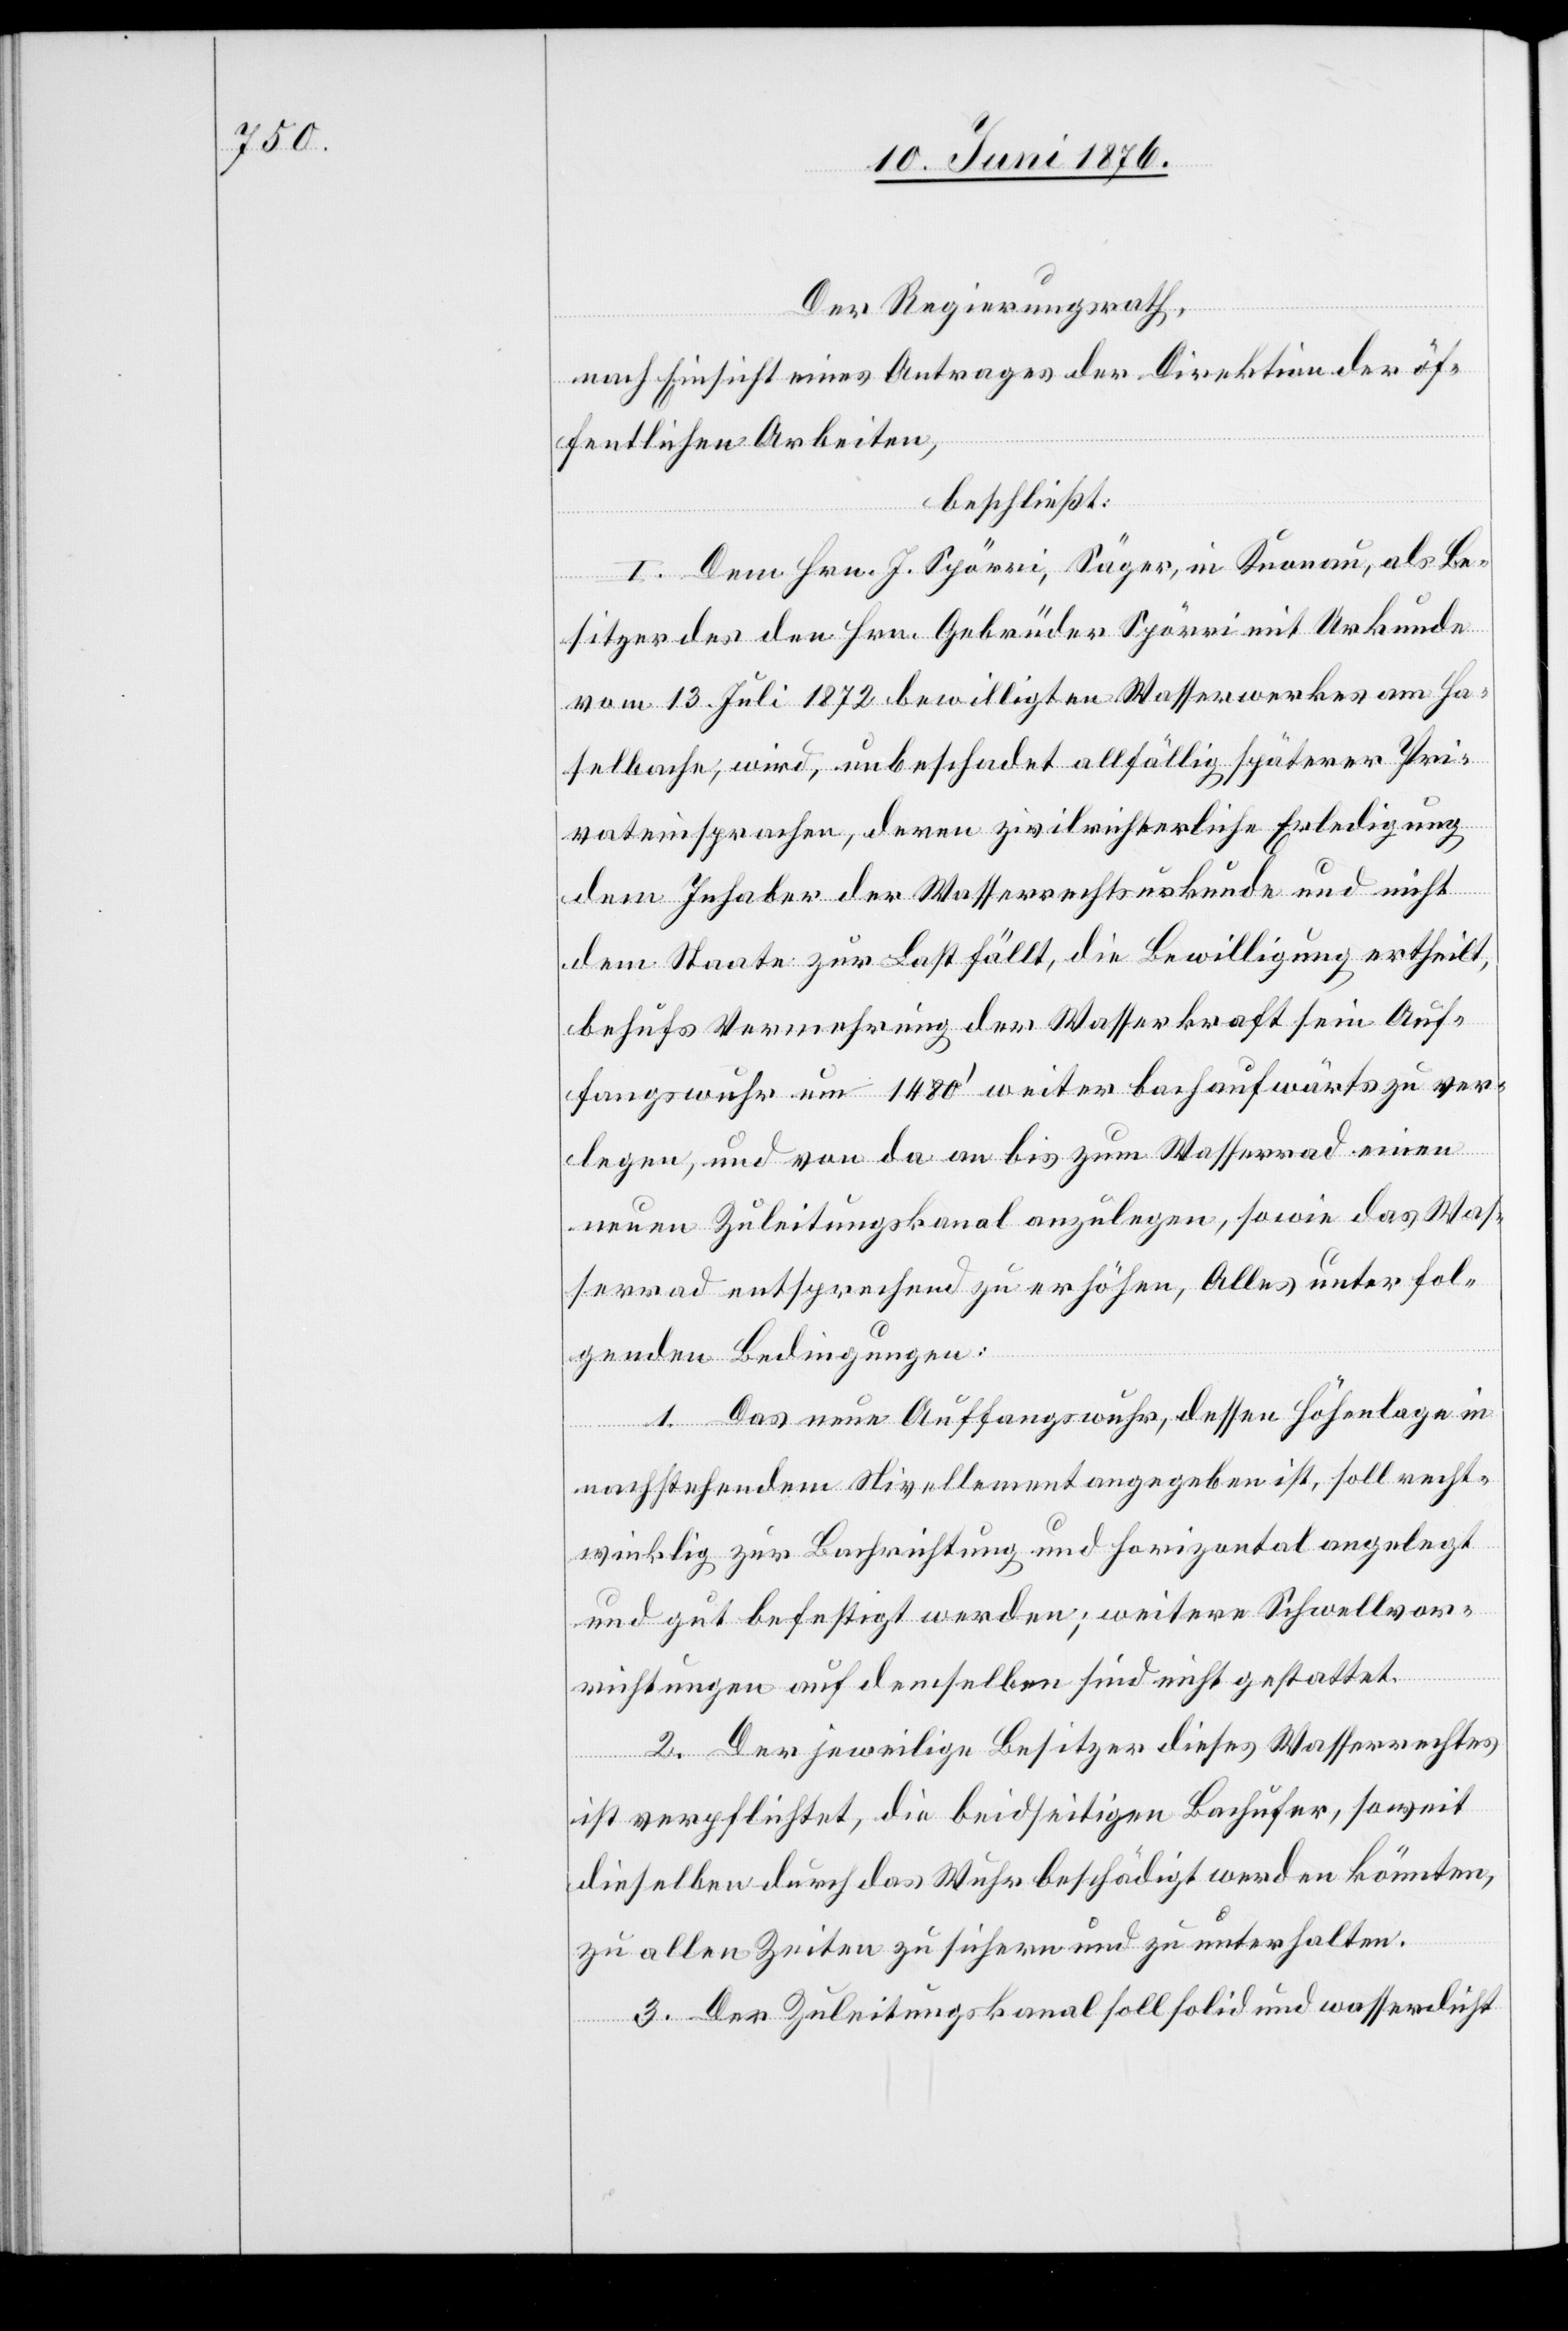
Der Regierungsrath,
nach Einsicht eines Antrages der Direktion der öf¬
fentlichen Arbeiten,
beschließt:
I. Dem Hrn. J. Spörri, Säger, in Knonau, als Be¬
sitzer des den Hrn. Gebrüder Spörri mit Urkunde
vom 13. Juli 1872 bewilligten Wasserwerkes am Ha¬
selbache, wird, unbeschadet allfällig späterer Pri¬
vateinsprachen, deren zivilrichterliche Erledigung
dem Inhaber der Wasserrechtsurkunde und nicht
dem Staate zur Last fällt, die Bewilligung ertheilt,
behufs Vermehrung der Wasserkraft sein Auf¬
fangswuhr um 1480‘ weiter bachaufwärts zu ver¬
legen und von da an bis zum Wasserrad einen
neuen Zuleitungskanal anzulegen, sowie das Was¬
serrad entsprechend zu erhöhen, Alles unter fol¬
genden Bedingungen:
1. Das neue Auffangswuhr, dessen Höhenlage in
nachstehendem Nivellement angegeben ist, soll recht¬
winklig zur Bachrichtung und horizontal angelegt
und gut befestigt werden; weitere Schwellvor¬
richtungen auf demselben sind nicht gestattet.
2. Der jeweilige Besitzer dieses Wasserrechtes
ist verpflichtet, die beidseitigen Bachufer, soweit
dieselben durch das Wuhr beschädigt werden könnten,
zu allen Zeiten zu sichern und zu unterhalten.
3. Der Zuleitungskanal soll solid und wasserdicht